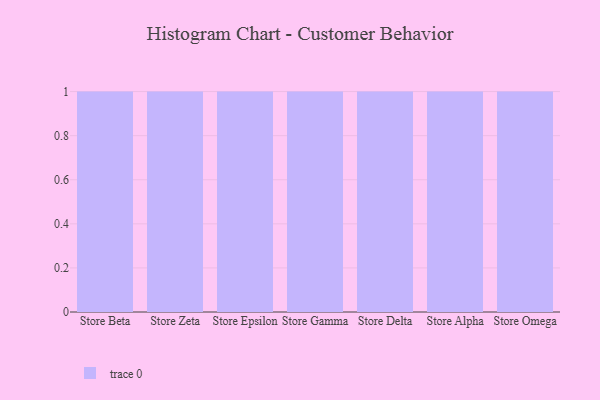
{"axis": {"x": "Store", "y": "Latency (ms)"}, "legend": [""], "data": [{"x": "Store Beta", "y": 44, "type": ""}, {"x": "Store Zeta", "y": 90, "type": ""}, {"x": "Store Epsilon", "y": 58, "type": ""}, {"x": "Store Gamma", "y": 4, "type": ""}, {"x": "Store Delta", "y": 99, "type": ""}, {"x": "Store Alpha", "y": 41, "type": ""}, {"x": "Store Omega", "y": 77, "type": ""}]}